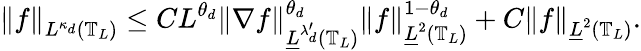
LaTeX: \left\| f\right\| _{L^{\kappa_{d}}(\mathbb{T}_{L})}\leq CL^{\theta_{d}}\left\| \nabla f\right\| _{\underline{{L}}^{\lambda_{d}^{\prime}}(\mathbb{T}_{L})}^{\theta_{d}}\left\| f\right\| _{\underline{{L}}^{2}(\mathbb{T}_{L})}^{1-\theta_{d}}+C\left\| f\right\| _{\underline{{L}}^{2}(\mathbb{T}_{L})}.